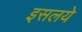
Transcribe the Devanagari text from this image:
इसलये